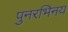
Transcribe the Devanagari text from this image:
पुनरभिनय